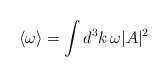
\begin{align*}\langle \omega \rangle =\int d^3k \, \omega |A|^2\end{align*}